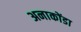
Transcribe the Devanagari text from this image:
अनाकोंडा